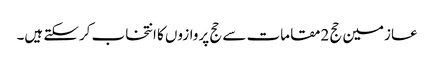
عازمین حج 2مقامات سے حج پروازوں کا انتخاب کرسکتے ہیں۔